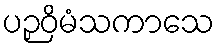
ပဉှဝိမံသကာသေ